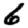
Digit: 6